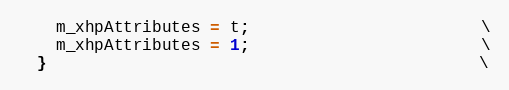
Language: C
    m_xhpAttributes = t;                        \
    m_xhpAttributes = 1;                        \
  }                                             \